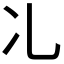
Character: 𠖬